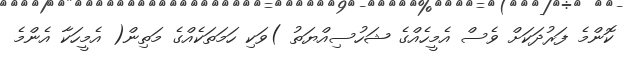
ކޮންމެ ފަރުދަކަށް ވެސް އެމީހެއްގެ ޝަހުސިއްޔަތު )ވަކި ހަމަތަކެއްގެ މަތިން( އެމީހަކާ އެންމެ